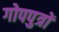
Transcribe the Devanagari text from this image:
गोपपुत्रों